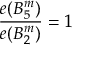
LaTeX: { \frac { e ( B _ { 5 } ^ { m } ) } { e ( B _ { 2 } ^ { m } ) } } = 1